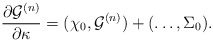
\begin{align*}{\partial {\cal G}^{(n)}\over \partial \kappa}=(\chi_0,{\cal G}^{(n)})+(\ldots,\Sigma_0).\end{align*}